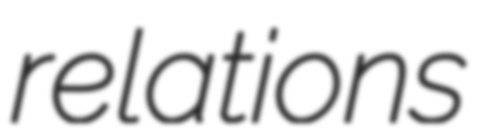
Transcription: relations